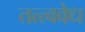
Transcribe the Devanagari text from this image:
तत्त्ववेध